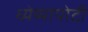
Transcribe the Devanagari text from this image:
ध्‍येय्यापोटी